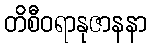
တိစီဝရာနုဇာနနာ